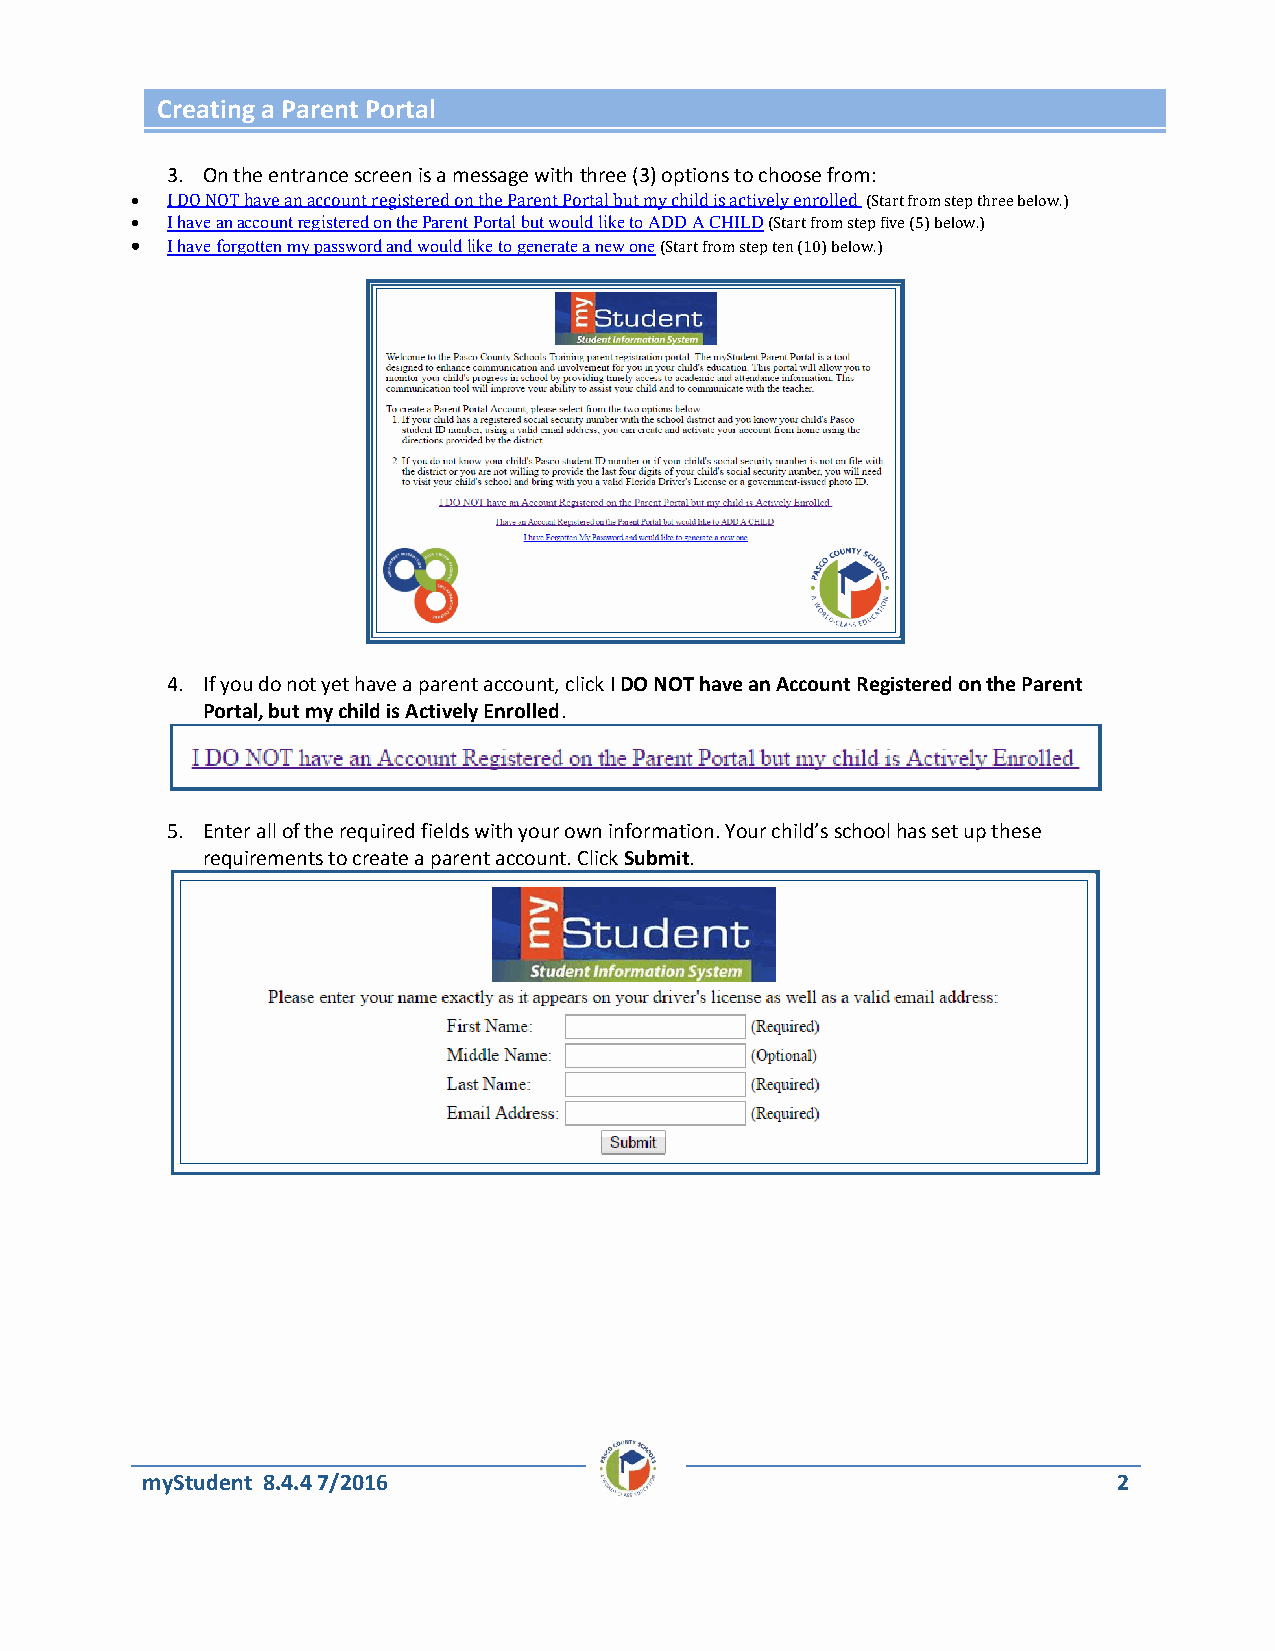
Creating a Parent Portal
 3. On the entrance screen is a message with three (3) options to choose from:
 • I DO NOT have an account registered on the Parent Portal but my child is actively enrolled (Start from step three below.)
 • I have an account registered on the Parent Portal but would like to ADD A CHILD (Start from step five (5) below.)
 • I have forgotten my password and would like to generate a new one (Start from step ten (10) below.)
 4. If you do not yet have a parent account, click I DO NOT have an Account Registered on the Parent
 Portal, but my child is Actively Enrolled.
 5. Enter all of the required fields with your own information. Your child’s school has set up these
 requirements to create a parent account. Click Submit.
 myStudent 8.4.4 7/2016                                           2